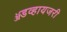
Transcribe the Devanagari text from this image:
ॲडव्हायजरी